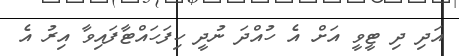
އަދި ދި ޓީވީ އަށް އެ ހުއްދަ ނުދީ ހިފަހައްޓާފައިވާ އިރު އެ